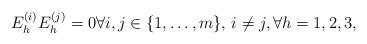
LaTeX: \begin{align*}E^{(i)}_h E^{(j)}_h=0 \forall i,j \in \{1,\ldots,m\},\, i \neq j, \forall h=1,2,3,\end{align*}